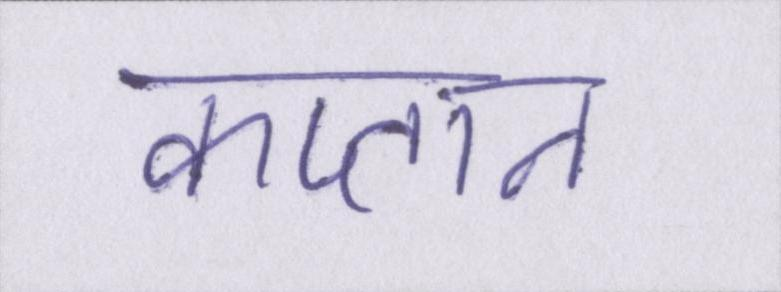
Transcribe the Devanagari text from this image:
कप्तान